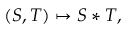
( S , T ) \mapsto S * T ,